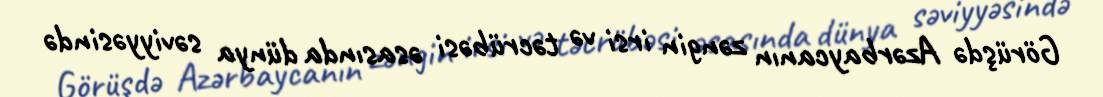
Görüşdə Azərbaycanın zəngin irsi və təcrübəsi əsasında dünya səviyyəsində